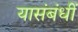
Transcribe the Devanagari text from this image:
यासंबंधीं